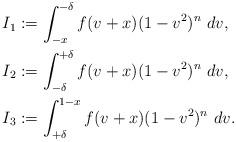
LaTeX: \begin{align*}I_{1} & := \int_{-x}^{-\delta}f(v+x)(1-v^{2})^{n}\ dv,\\I_{2} & := \int_{-\delta}^{+\delta}f(v+x)(1-v^{2})^{n}\ dv,\\I_{3} & := \int_{+\delta}^{1-x}f(v+x)(1-v^{2})^{n}\ dv.\end{align*}